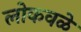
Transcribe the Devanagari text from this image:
लोकवळे